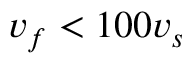
v _ { f } < 1 0 0 v _ { s }